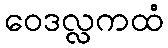
ဝေဒလ္လကထံ